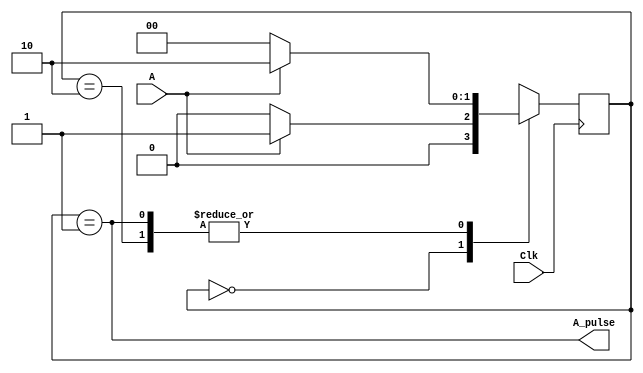
module condition(Clk, A, A_pulse);
	input Clk, A;
	output A_pulse;
	// 		 starting	 first press  hold
	parameter ST = 2'b00, PRS = 2'b01, HLD = 2'b10;
	// y tracks the current state
	reg [1:0] y;
	// Update state y at every clock edge
	// No resetting for pulse conditioning
	always @(posedge Clk)
	begin
		case (y)
			// Based on the state of y, assign the next state based on input
			ST:	if (A == 0) y <= ST;
					else			y <= PRS;
			PRS:	if (A == 0) y <= ST;
					else			y <= HLD;
			HLD:	if (A == 0) y <= ST;
					else 			y <= HLD;
			// Don't care
			default:				y <= 2'bxx;
		endcase
	end
	// Pulse output is 1 when current state is PRS
	assign A_pulse = (y == PRS);
endmodule